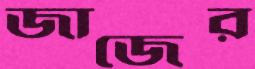
জাজের